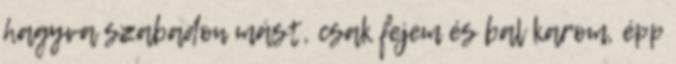
hagyva szabadon mást, csak fejem és bal karom, épp